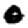
Digit: 0